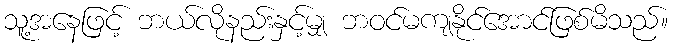
သူ့အနေဖြင့် ဘယ်လိုနည်းနှင့်မျှ ဘဝင်မကျနိုင်အောင်ဖြစ်မိသည်။